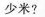
少米?